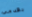
بقدمي